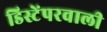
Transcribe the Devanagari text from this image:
डिस्टेंपरवाली